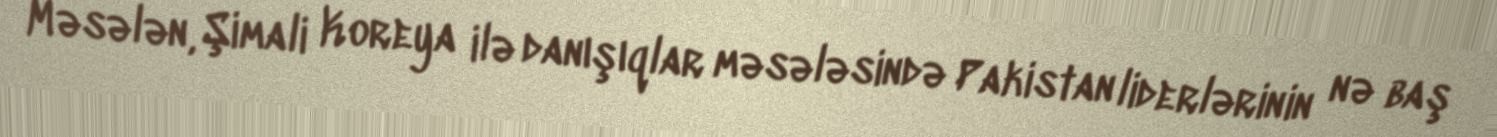
Məsələn, Şimali Koreya ilə danışıqlar məsələsində Pakistan liderlərinin nə baş